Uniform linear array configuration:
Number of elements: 24
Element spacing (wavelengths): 0.25
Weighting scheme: blackman
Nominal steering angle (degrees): -15
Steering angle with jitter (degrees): -13.027
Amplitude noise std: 0.05
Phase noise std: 0.05

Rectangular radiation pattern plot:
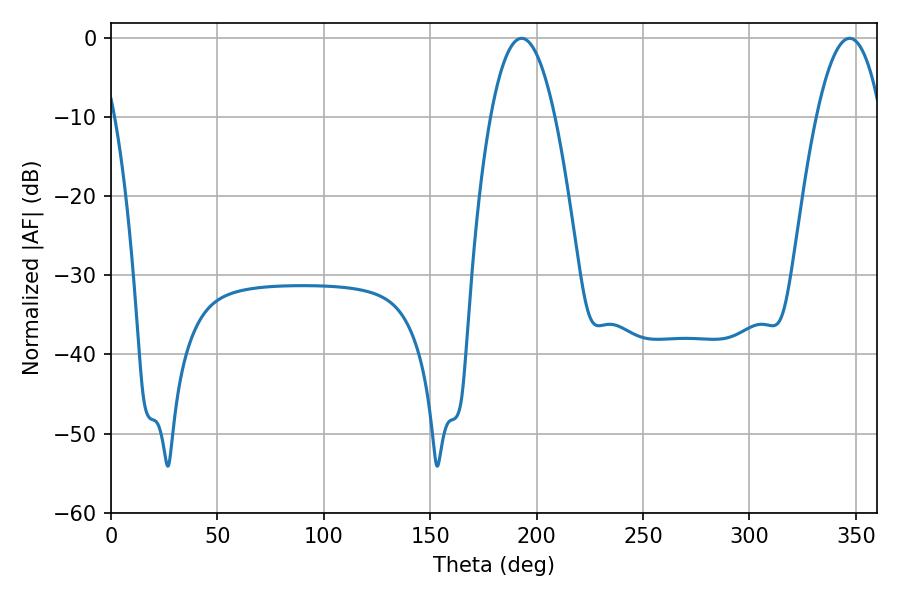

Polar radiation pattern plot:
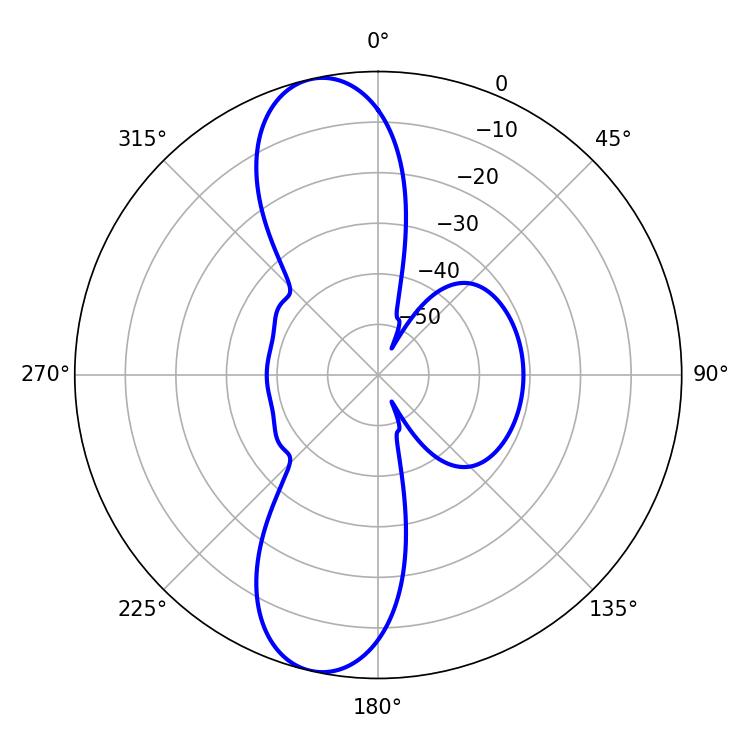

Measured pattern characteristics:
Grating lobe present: FALSE
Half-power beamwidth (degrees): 16.74
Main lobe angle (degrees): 192.96